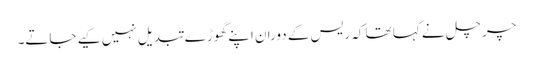
چرچل نے کہا تھا کہ ریس کے دوران اپنے گھوڑے تبدیل نہیں کیے جاتے۔